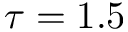
\tau = 1 . 5